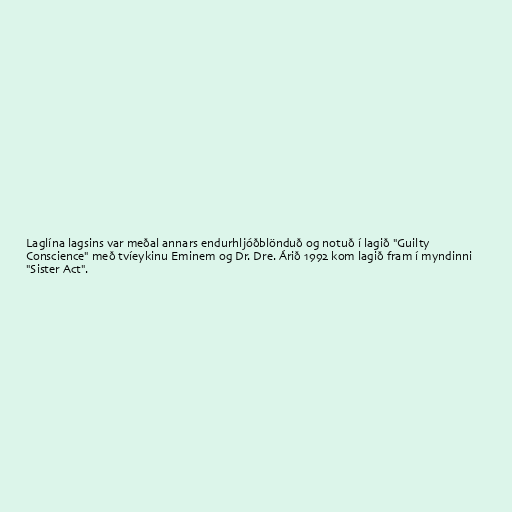
Laglína lagsins var meðal annars endurhljóðblönduð og notuð í lagið "Guilty
Conscience" með tvíeykinu Eminem og Dr. Dre. Árið 1992 kom lagið fram í myndinni
"Sister Act".